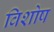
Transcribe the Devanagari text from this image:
विशोष